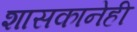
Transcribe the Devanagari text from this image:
शासकानेही